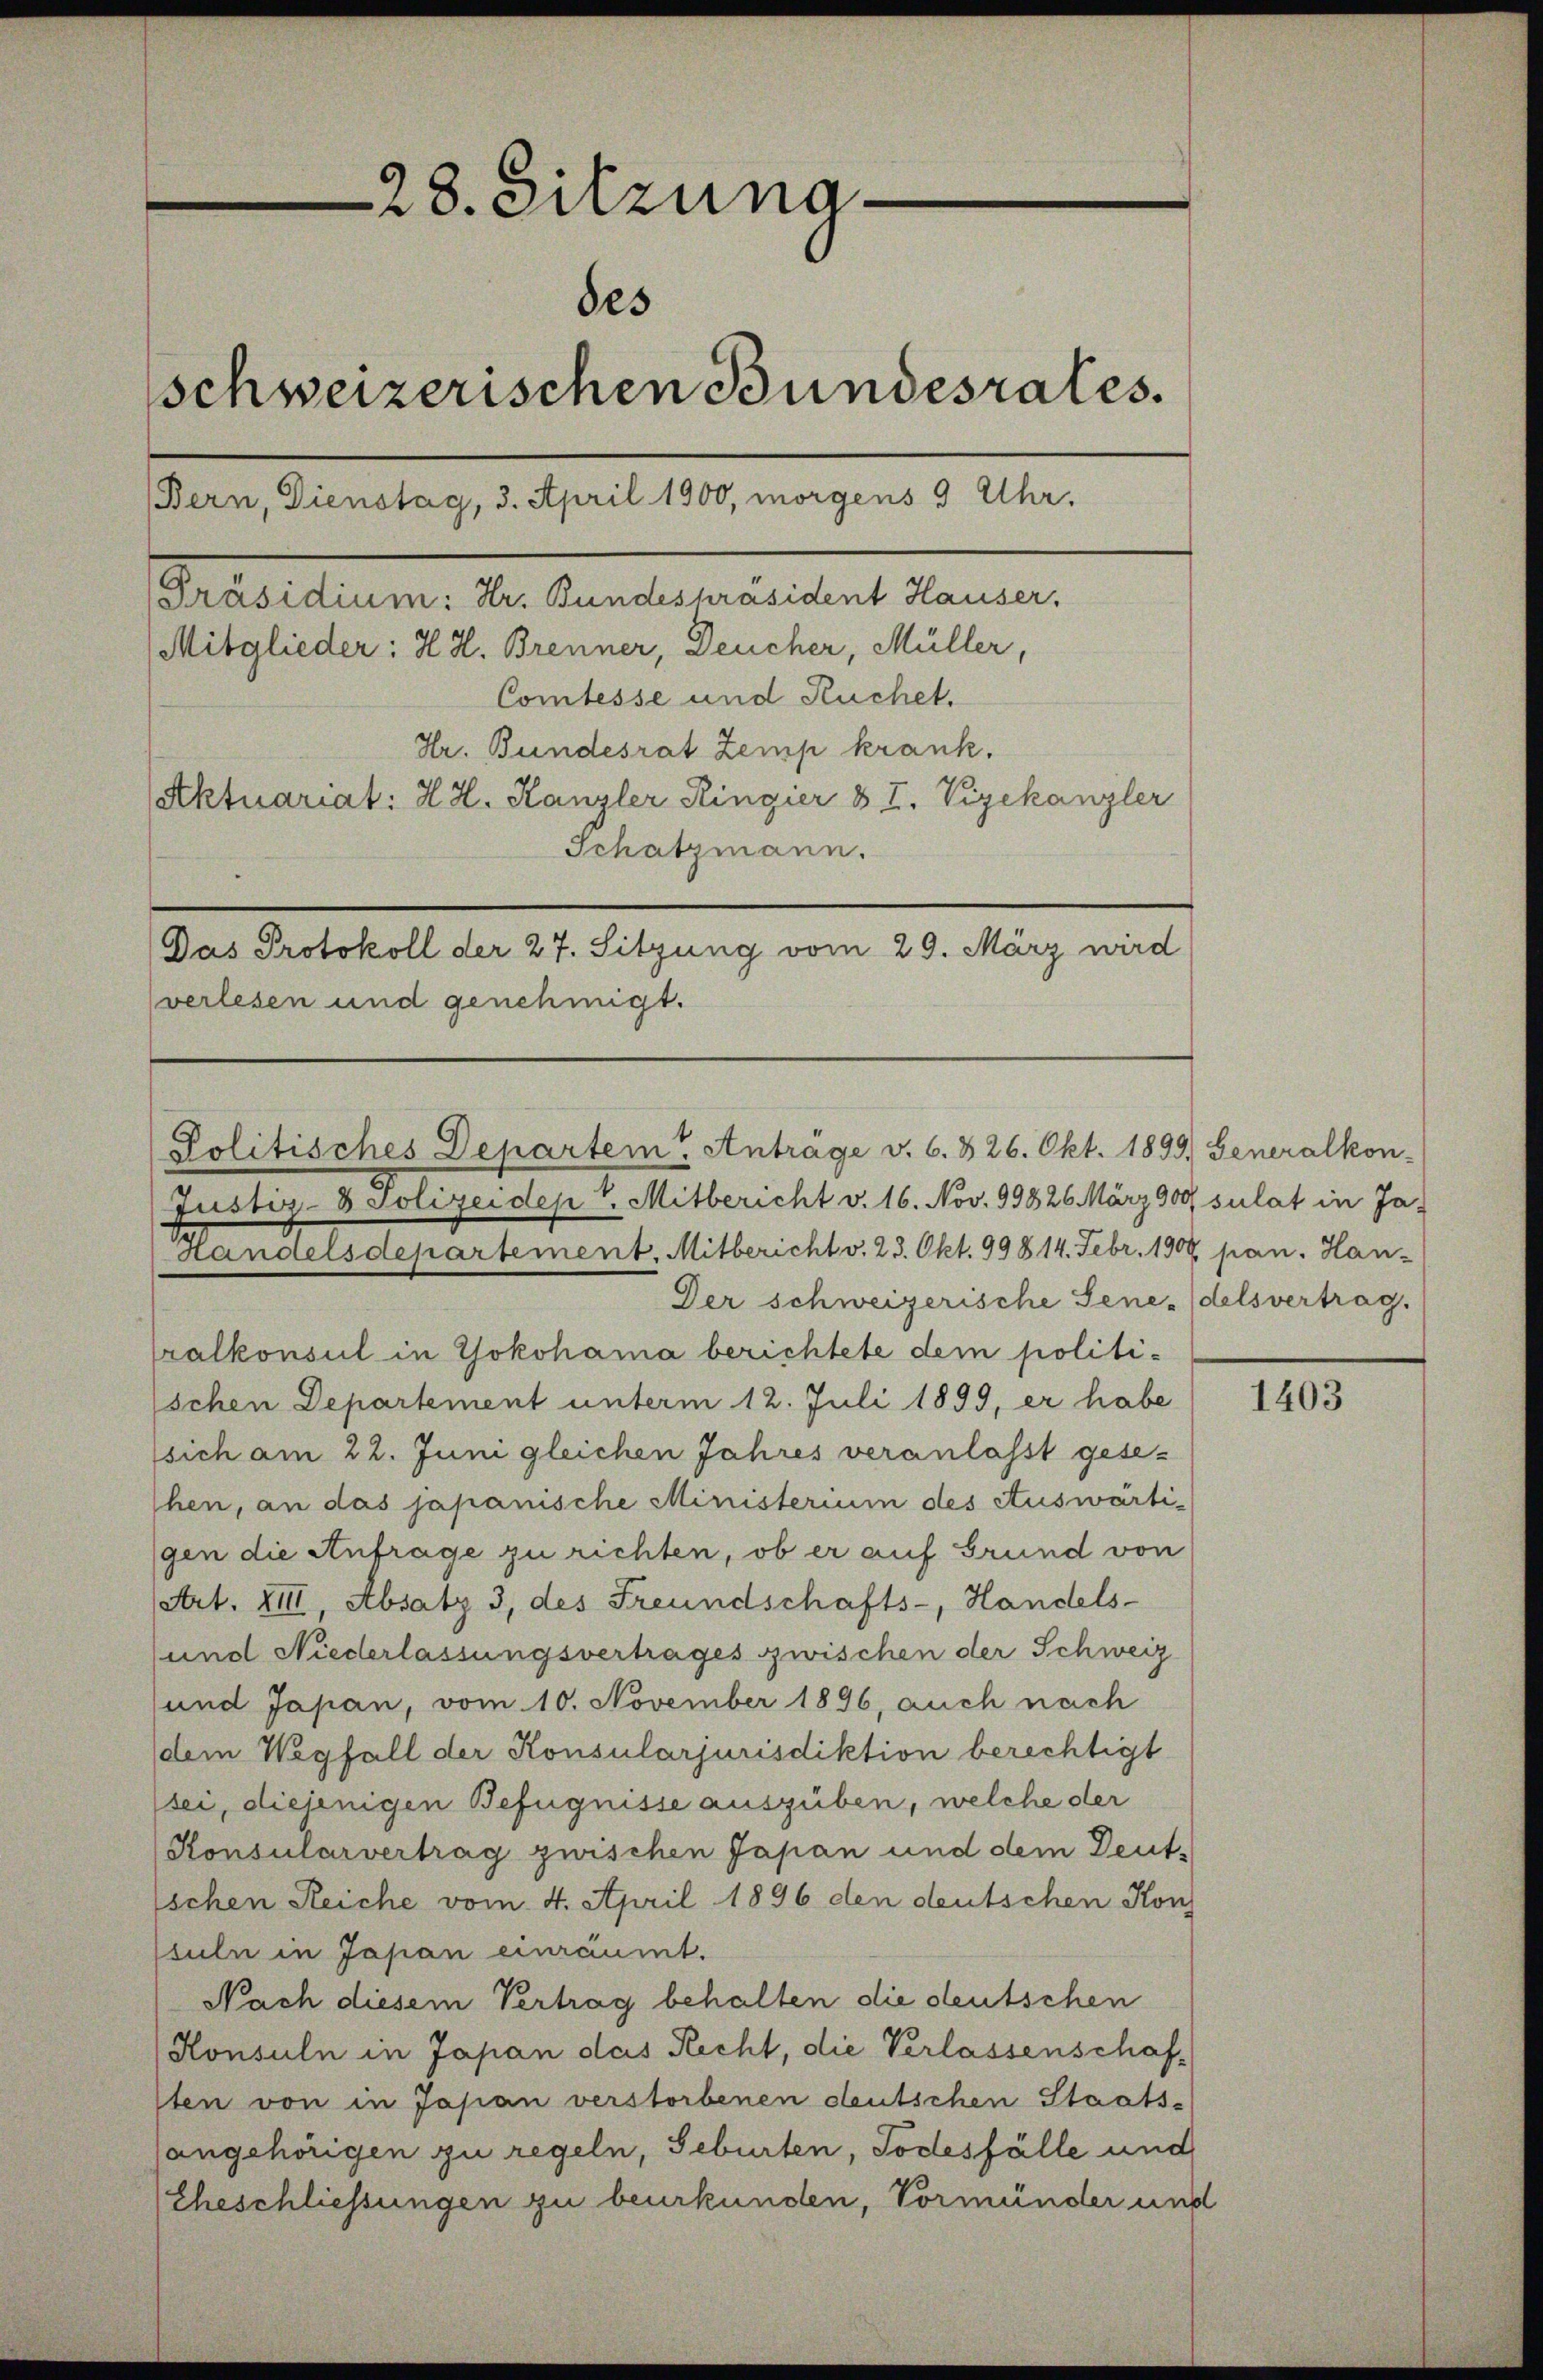
e
28. Sitzunades
schweizerischen Bundesrates.
Bern, Dienstag, 3. April 1900, morgens 3 Uhr.
Mitglieder: H. H. Brenner, Deucher, Müller,
Comtesse und Ruchet.
Hr. Bundesrat Zemp krank.
Aktuariat: H. H. Kanzler Ringier & I. Vizekanzler
Schatzmann.
Das Protokoll der 27. Sitzung vom 29. März wird
verlesen und genehmigt.

[Präsidium: Hr. Bundespräsident Hauser.

Politisches Departem Anträge v. 6. 826. Okt. 1899. Generalkon-

Justiz- & Polizeidept. Mitbericht v. 16. Nov. 99826 März 909 sulat in Ja-
Landelsdepartement. Mitbericht v. 23. Okt. 99814. Febr. 1900 pan. Han-
Der schweizerische Senedelsvertrag.
ralkonsul in Yokohama berichtete dem politischen Departement unterm 12. Juli 1899, er habe
sich am 22. Juni gleichen Jahres veranlasst gese¬
Ehen, an das japanische Ministerium des Auswärtigen die Anfrage zu richten, ob er auf Grund von
Art. XIII, Absatz 3, des Freundschafts-, Handels-
und Niederlassungsvertrages zwischen der Schweiz
und Japan, vom 10. November 1896, auch nach
dem Wegfall der Konsularjurisdiktion berechtigt
sei, diejenigen Befugnisse ausgüben, welche der
Konsularvertrag zwischen Japan und dem Deut-
ischen Reiche vom 4. April 1896 den deutschen Kon
suln in Japan einräumt.
Nach diesem Vertrag behalten die deutschen
Konsuln in Japan das Recht, die Verlassenschaf-
sten von in Japan verstorbenen deutschen Staats-
sangehörigen zu regeln, Geburten, Todesfälle und
Eheschliessungen zu beurkunden, Vormänder und

1403